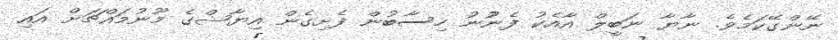
ނޭންގޭކަމެވެ. ނާޔާ ނަބީލް އާއެކު ފެނުުނު ހިސާބުން ފެށިގެން އިޔާޝްގެ މޫނުމައްޗަށް އައި